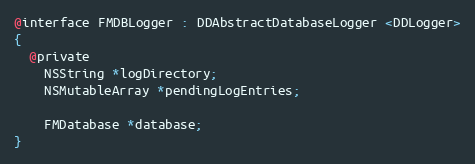
Language: C
@interface FMDBLogger : DDAbstractDatabaseLogger <DDLogger>
{
  @private
    NSString *logDirectory;
    NSMutableArray *pendingLogEntries;

    FMDatabase *database;
}